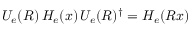
U _ { e } ( R ) \, H _ { e } ( x ) \, U _ { e } ( R ) ^ { \dagger } = H _ { e } ( R x )